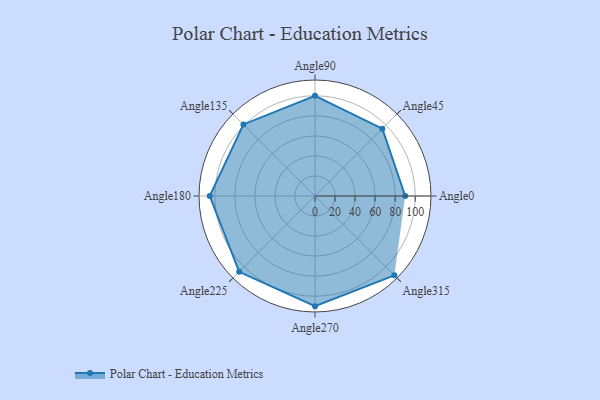
{"axis": {"x": "Angle", "y": "Radius"}, "legend": [""], "data": [{"x": "Angle0", "y": 90.0, "type": ""}, {"x": "Angle45", "y": 95.0, "type": ""}, {"x": "Angle90", "y": 100.0, "type": ""}, {"x": "Angle135", "y": 101.0, "type": ""}, {"x": "Angle180", "y": 105.0, "type": ""}, {"x": "Angle225", "y": 107.0, "type": ""}, {"x": "Angle270", "y": 110.0, "type": ""}, {"x": "Angle315", "y": 112.0, "type": ""}]}